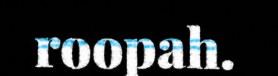
roopah.